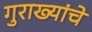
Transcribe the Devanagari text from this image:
गुराख्यांचे